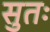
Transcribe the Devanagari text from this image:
सुतः